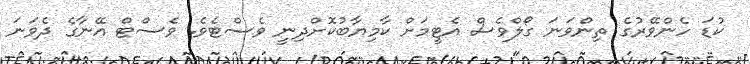
ކުޑަ ހެންވޭރުގެ ތިންވަނަ ގޯލްވެސް އެޓީމަށް ކާމިޔާބުކޮށްދިނީ ވެސްޓެވެ. ވެސްޓް އޭނާގެ ދެވަނަ